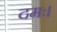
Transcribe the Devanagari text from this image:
दमः।